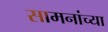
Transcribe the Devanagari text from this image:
सामनांच्या